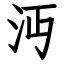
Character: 沔